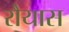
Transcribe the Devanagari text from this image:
रौयास